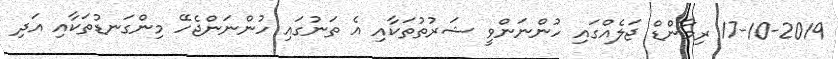
17-10-2019 ރިމާންޑް ޖަލެއްގައި ހުންނަންވީ ޝަރުތުތަކާއި އެ ތަނުގައި ހުންނަންޖެހޭ މިންގަނޑުތަކާއި އަދި